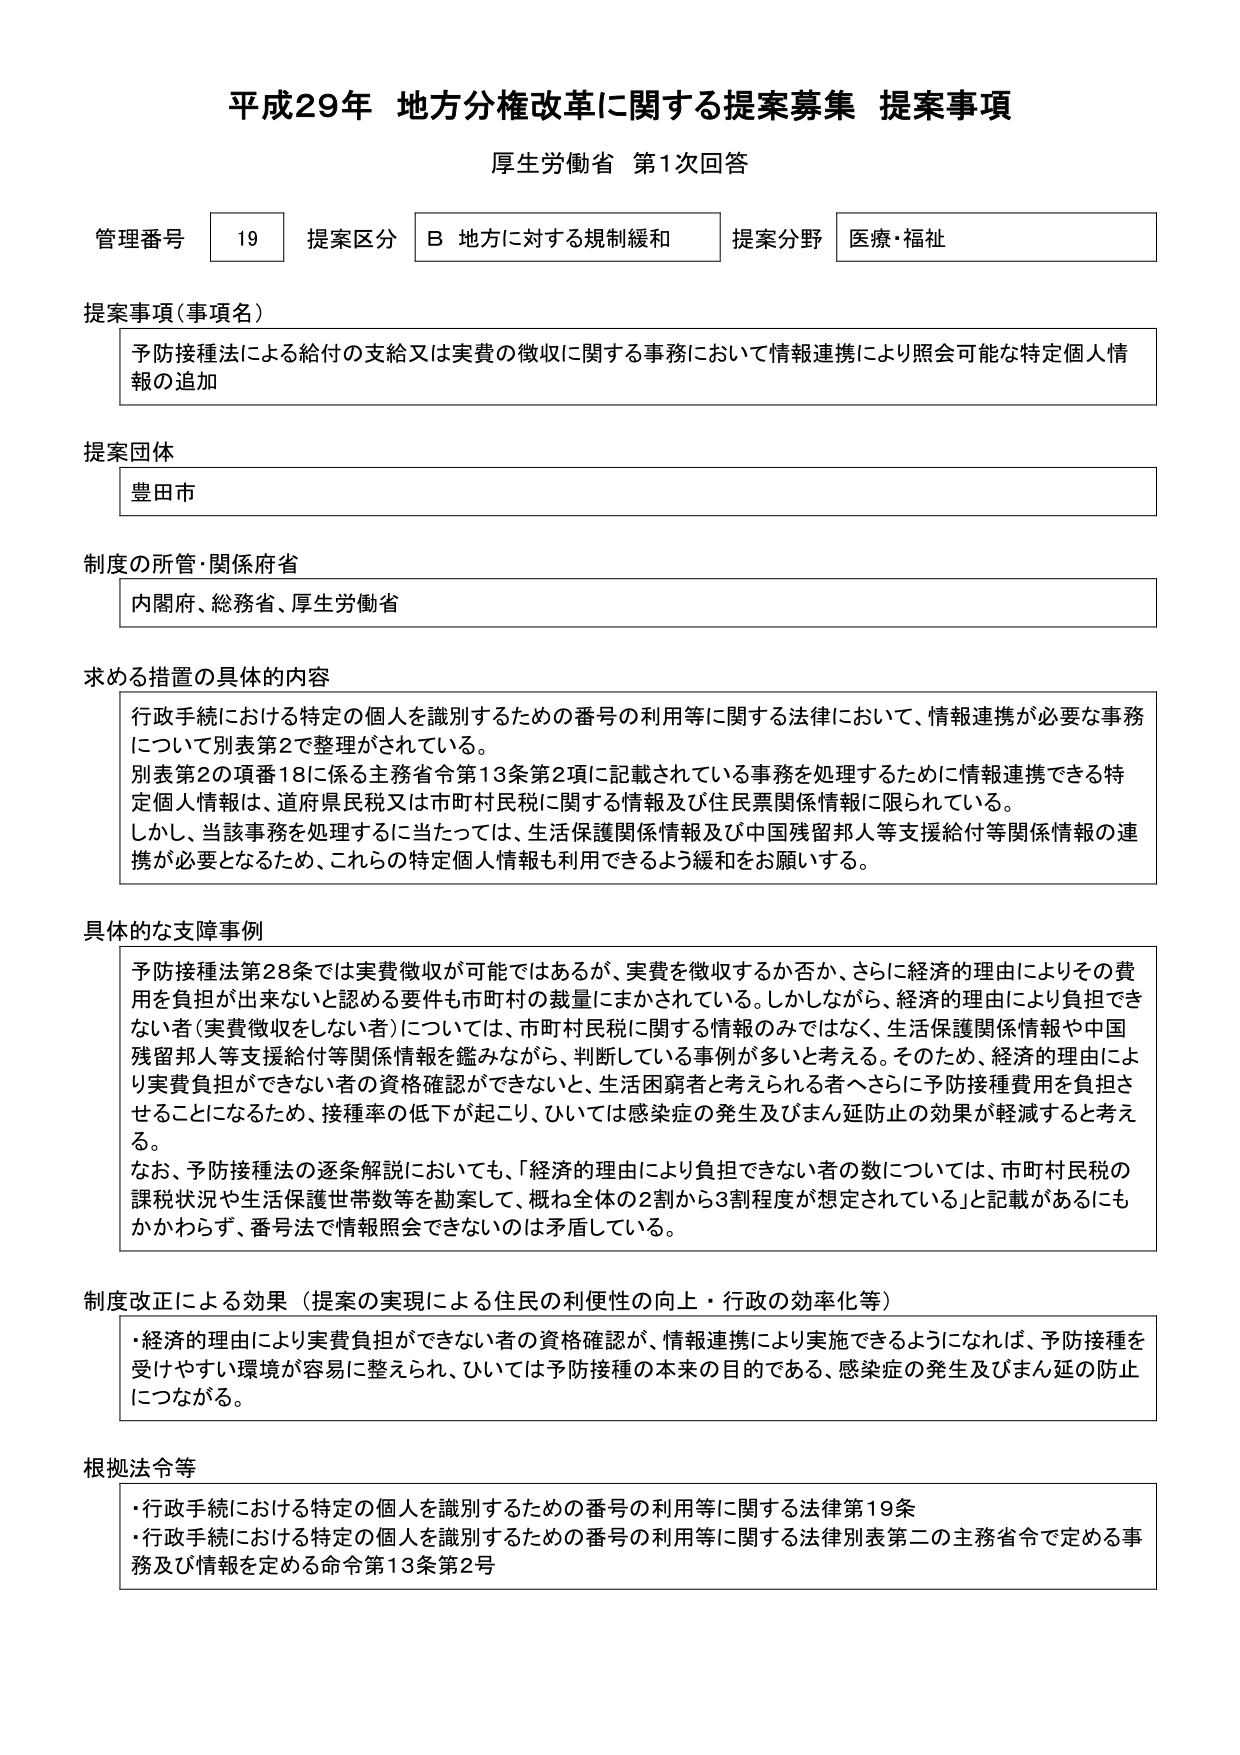
平成29年 地方分権改革に関する提案募集 提案事項
厚生労働省 第1次回答

管理番号 19 提案区分 B 地方に対する規制緩和 提案分野 医療・福祉

提案事項（事項名）
予防接種法による給付の支給又は実費の徴収に関する事務において情報連携により照会可能な特定個人情報の追加

提案団体
豊田市

制度の所管・関係府省
内閣府、総務省、厚生労働省

求める措置の具体的内容
行政手続における特定の個人を識別するための番号の利用等に関する法律において、情報連携が必要な事務について別表第2で整理がされている。
別表第2の項番18に係る主務省令第13条第2項に記載されている事務を処理するために情報連携できる特定個人情報は、道府県民税又は市町村民税に関する情報及び住民票関係情報に限られている。
しかし、当該事務を処理するに当たっては、生活保護関係情報及び中国残留邦人等支援給付等関係情報の連携が必要となるため、これらの特定個人情報も利用できるよう緩和をお願いする。

具体的な支障事例
予防接種法第28条では実費徴収が可能ではあるが、実費を徴収するか否か、さらに経済的理由によりその費用を負担が出来ないと認める要件も市町村の裁量にまかされている。しかしながら、経済的理由により負担できない者（実費徴収をしない者）については、市町村民税に関する情報のみではなく、生活保護関係情報や中国残留邦人等支援給付等関係情報を鑑みながら、判断している事例が多いと考える。そのため、経済的理由により実費負担ができない者の資格確認ができないと、生活困窮者と考えられる者へさらに予防接種費用を負担させることになるため、接種率の低下が起こり、ひいては感染症の発生及びまん延防止の効果が軽減すると考える。
なお、予防接種法の逐条解説においても、「経済的理由により負担できない者の数については、市町村民税の課税状況や生活保護世帯数等を勘案して、概ね全体の2割から3割程度が想定されている」と記載があるにもかかわらず、番号法で情報照会できないのは矛盾している。

制度改正による効果（提案の実現による住民の利便性の向上・行政の効率化等）
・経済的理由により実費負担ができない者の資格確認が、情報連携により実施できるようになれば、予防接種を受けやすい環境が容易に整えられ、ひいては予防接種の本来の目的である、感染症の発生及びまん延の防止につながる。

根拠法令等
・行政手続における特定の個人を識別するための番号の利用等に関する法律第19条
・行政手続における特定の個人を識別するための番号の利用等に関する法律別表第二の主務省令で定める事務及び情報を定める命令第13条第2号